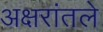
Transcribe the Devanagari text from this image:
अक्षरांतले